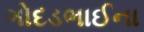
ગોદડભાઈના